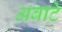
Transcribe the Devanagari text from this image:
अबाटे